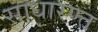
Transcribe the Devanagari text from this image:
साधारण्त